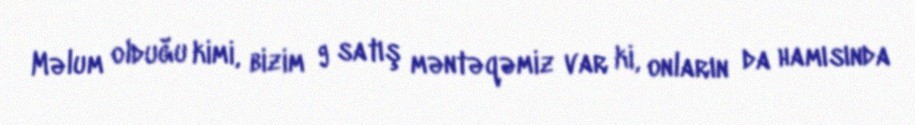
Məlum olduğu kimi, bizim 9 satış məntəqəmiz var ki, onların da hamısında